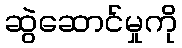
ဆွဲဆောင်မှုကို